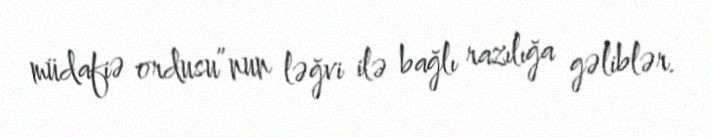
müdafiə ordusu”nun ləğvi ilə bağlı razılığa gəliblər.